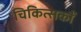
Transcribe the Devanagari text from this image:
चिकित्सकौं